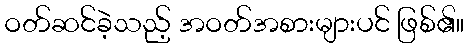
ဝတ်ဆင်ခဲ့သည့် အဝတ်အစားများပင် ဖြစ်၏။